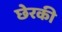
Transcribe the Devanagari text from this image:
छेरकी